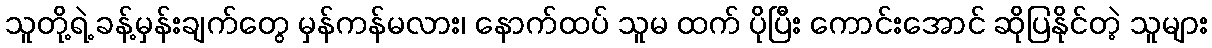
သူတို့ရဲ့ ခန့်မှန်းချက်တွေ မှန်ကန်မလား၊ နောက်ထပ် သူမ ထက် ပိုပြီး ကောင်းအောင် ဆိုပြနိုင်တဲ့ သူများ